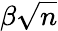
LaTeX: \beta\sqrt{n}